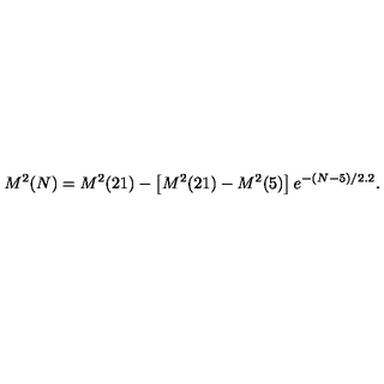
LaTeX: M ^ { 2 } ( N ) = M ^ { 2 } ( 2 1 ) - \left[ M ^ { 2 } ( 2 1 ) - M ^ { 2 } ( 5 ) \right] e ^ { - ( N - 5 ) / 2 . 2 } .